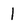
Character: 1